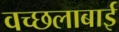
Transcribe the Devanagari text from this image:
वच्छलाबाई